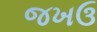
જખઉ